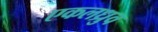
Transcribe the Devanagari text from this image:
एकलध्रुव